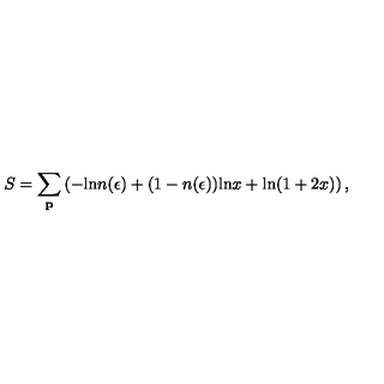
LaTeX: S = \sum _ { \bf p } \left( - \mathrm { l n } n ( \epsilon ) + ( 1 - n ( \epsilon ) ) \mathrm { l n } x + \mathrm { l n } ( 1 + 2 x ) \right) ,